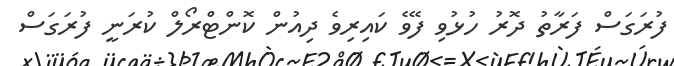
ފުރަގަސް ފަރާތު ދޮރު ހުޅުވިި ފޭވެ ކައިރިވެ ދިއުން ކޮންޓްރޯލް ކުރަނީ ފުރަގަސް